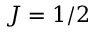
J = 1 / 2